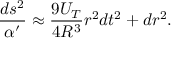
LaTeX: \frac { d s ^ { 2 } } { \alpha ^ { \prime } } \approx \frac { 9 U _ { T } } { 4 R ^ { 3 } } r ^ { 2 } d t ^ { 2 } + d r ^ { 2 } .